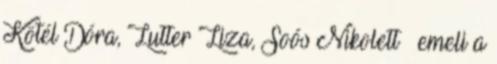
Kötél Dóra, Lutter Liza, Soós Nikolett – emeli a